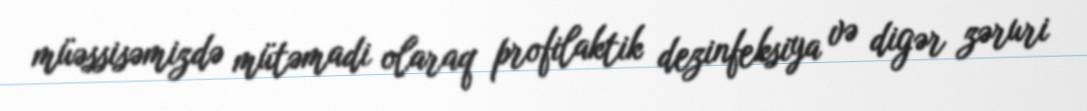
müəssisəmizdə mütəmadi olaraq profilaktik dezinfeksiya və digər zəruri